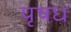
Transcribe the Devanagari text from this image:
पृषध